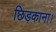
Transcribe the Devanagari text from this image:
छिड़काना।